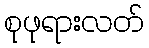
စုဖုရားလတ်